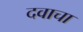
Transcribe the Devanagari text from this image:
दवाचा